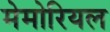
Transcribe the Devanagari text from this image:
मेमोरियल